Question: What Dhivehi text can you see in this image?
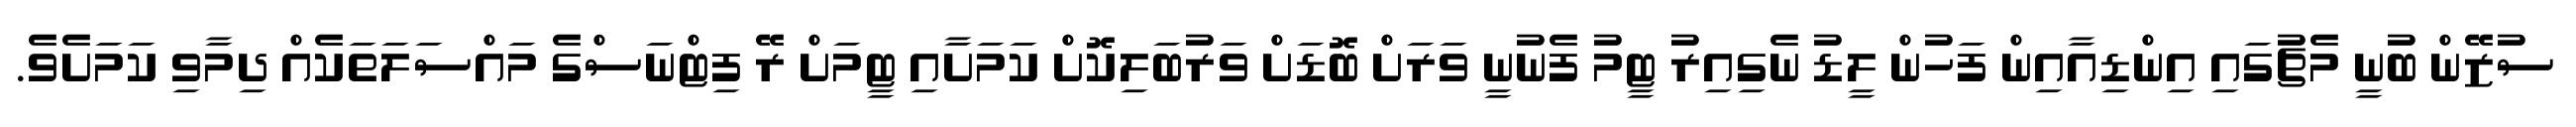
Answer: ސުޒޭން ބުނީ މެޗުގައި އިންޑިއާއިން ފަހުން ލީޑު ނެގިއިރު ޓީމު ފެނުނީ ވަރަށް ބޮޑަށް ވަރުބަލިކޮށް ކަމަށާއި ޓީމަށް ރޭ ފިޓްނަސްގެ މައްސަލަތަކެއް ދިމާވި ކަމަށެވެ.